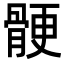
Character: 骾